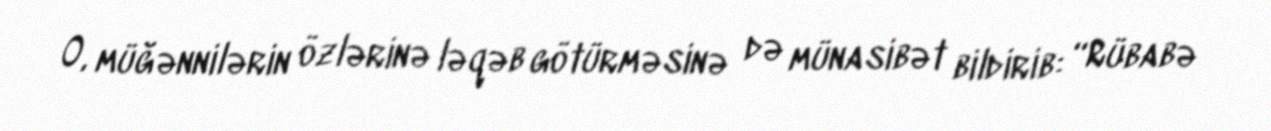
O, müğənnilərin özlərinə ləqəb götürməsinə də münasibət bildirib: “Rübabə